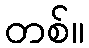
တစ်။